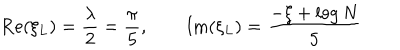
LaTeX: \textrm { R e } ( \xi _ { L } ) = { \frac { \lambda } { 2 } } = { \frac { \pi } { 5 } } , \qquad \textrm { I m } ( \xi _ { L } ) = \frac { - \xi + \log N } { 5 }